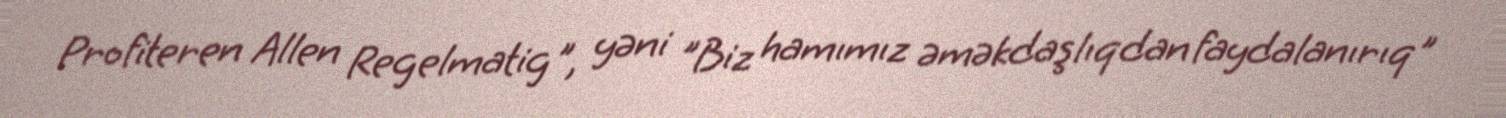
Profiteren Allen Regelmatig", yəni "Biz hamımız əməkdaşlıqdan faydalanırıq"